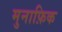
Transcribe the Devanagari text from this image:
मुनाफ़िक